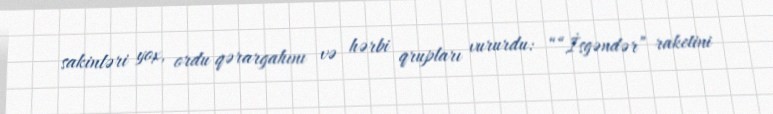
sakinləri yox, ordu qərargahını və hərbi qrupları vururdu: ““İsgəndər” raketini